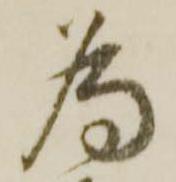
為